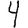
Digit: 4